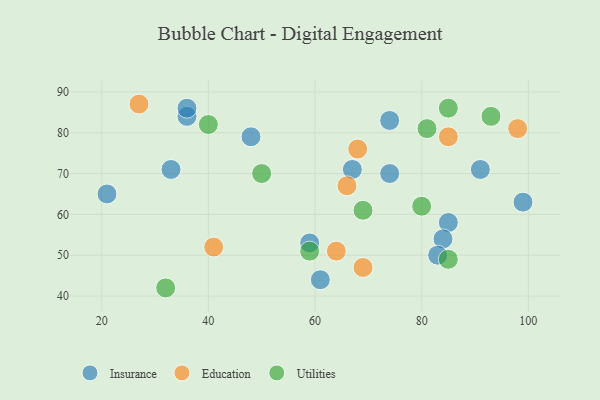
{"axis": {"x": "GDP", "y": "Life Expectancy"}, "legend": ["Education", "Insurance", "Utilities"], "data": [{"x": "36", "y": 84, "type": "Insurance"}, {"x": "85", "y": 58, "type": "Insurance"}, {"x": "61", "y": 44, "type": "Insurance"}, {"x": "33", "y": 71, "type": "Insurance"}, {"x": "74", "y": 70, "type": "Insurance"}, {"x": "48", "y": 79, "type": "Insurance"}, {"x": "21", "y": 65, "type": "Insurance"}, {"x": "36", "y": 86, "type": "Insurance"}, {"x": "59", "y": 53, "type": "Insurance"}, {"x": "84", "y": 54, "type": "Insurance"}, {"x": "83", "y": 50, "type": "Insurance"}, {"x": "91", "y": 71, "type": "Insurance"}, {"x": "74", "y": 83, "type": "Insurance"}, {"x": "67", "y": 71, "type": "Insurance"}, {"x": "99", "y": 63, "type": "Insurance"}, {"x": "69", "y": 47, "type": "Education"}, {"x": "85", "y": 79, "type": "Education"}, {"x": "98", "y": 81, "type": "Education"}, {"x": "27", "y": 87, "type": "Education"}, {"x": "64", "y": 51, "type": "Education"}, {"x": "66", "y": 67, "type": "Education"}, {"x": "41", "y": 52, "type": "Education"}, {"x": "68", "y": 76, "type": "Education"}, {"x": "59", "y": 51, "type": "Utilities"}, {"x": "50", "y": 70, "type": "Utilities"}, {"x": "40", "y": 82, "type": "Utilities"}, {"x": "81", "y": 81, "type": "Utilities"}, {"x": "93", "y": 84, "type": "Utilities"}, {"x": "85", "y": 86, "type": "Utilities"}, {"x": "69", "y": 61, "type": "Utilities"}, {"x": "80", "y": 62, "type": "Utilities"}, {"x": "32", "y": 42, "type": "Utilities"}, {"x": "85", "y": 49, "type": "Utilities"}]}